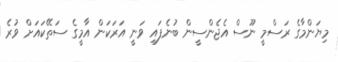
މިޔަންމާގެ ރަސްމީ ނޫސް އެޖެންސީން ބުނެފައި ވަނީ އަރަކަން އާމީގެ ސަތޭކައަށް ވުރެ